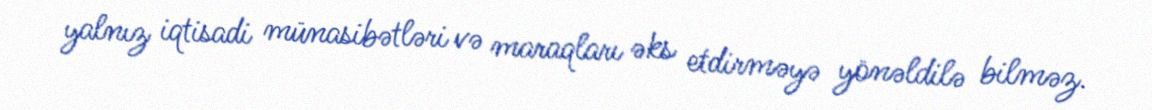
yalnız iqtisadi münasibətləri və maraqları əks etdirməyə yönəldilə bilməz.